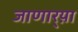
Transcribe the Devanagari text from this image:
जाणार्‍य़ा